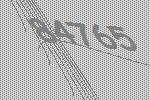
84765